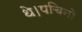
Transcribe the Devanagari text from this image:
थे।पचिनो